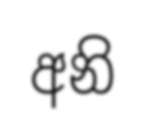
අනි